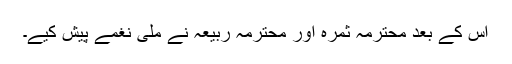
اس کے بعد محترمہ ثمرہ اور محترمہ ربیعہ نے ملی نغمے پیش کیے۔